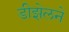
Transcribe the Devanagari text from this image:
डीझेलने